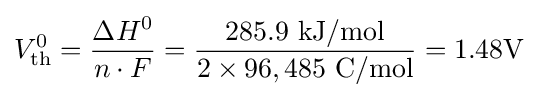
V_{\textrm {th}}^{0}={\frac {\Delta H^{0}}{n\cdot F}}={\frac {285.9\ {\textrm {kJ/mol}}}{2\times 96,485\ {\textrm {C/mol}}}}=1.48{\textrm {V}}